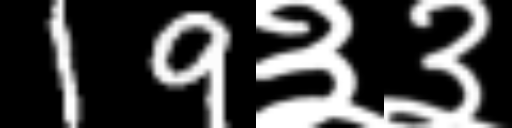
Text: 19३३